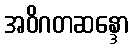
အဝိဂတဆန္ဒော